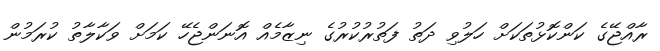
ރާއްޖޭގެ ކަންކޮޅުތަކަށް ހަލުވި ދަތު ފަތުރުކުރުގެ ނިޒާމެއް އޮނަންޖެހޭ ކަމަށް ވަކާލާތު ކުރަމުން